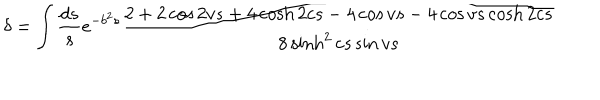
\delta = \int \frac { d s } { s } e ^ { - b ^ { 2 } s } \frac { 2 + 2 \cos 2 v s + 4 \cosh 2 c s - 4 \cos v s - 4 \cos v s \cosh 2 c s } { 8 \sinh ^ { 2 } c s \sin v s }